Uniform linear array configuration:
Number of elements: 64
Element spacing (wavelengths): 0.75
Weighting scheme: kaiser
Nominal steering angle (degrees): -30
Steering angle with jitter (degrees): -30.097
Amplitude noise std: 0.05
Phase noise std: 0.05

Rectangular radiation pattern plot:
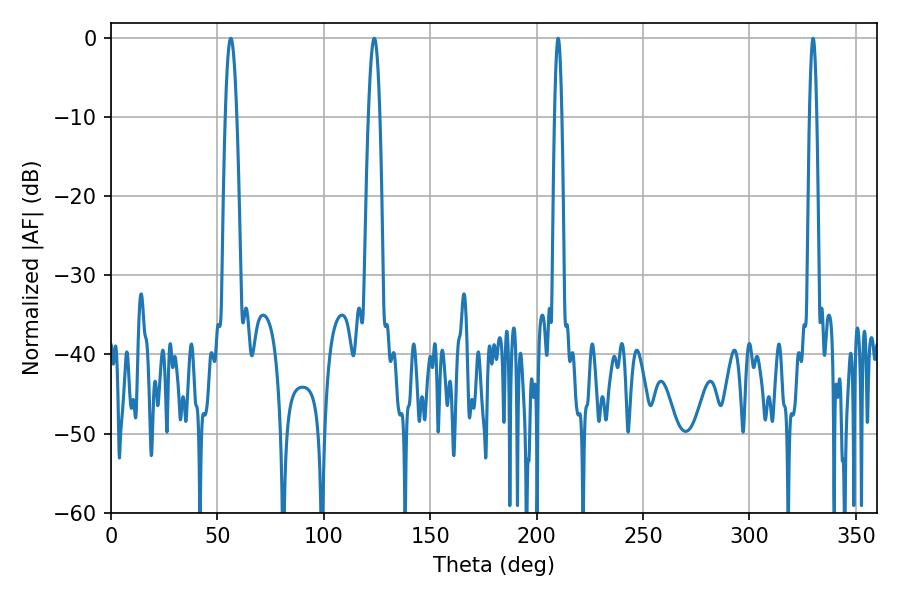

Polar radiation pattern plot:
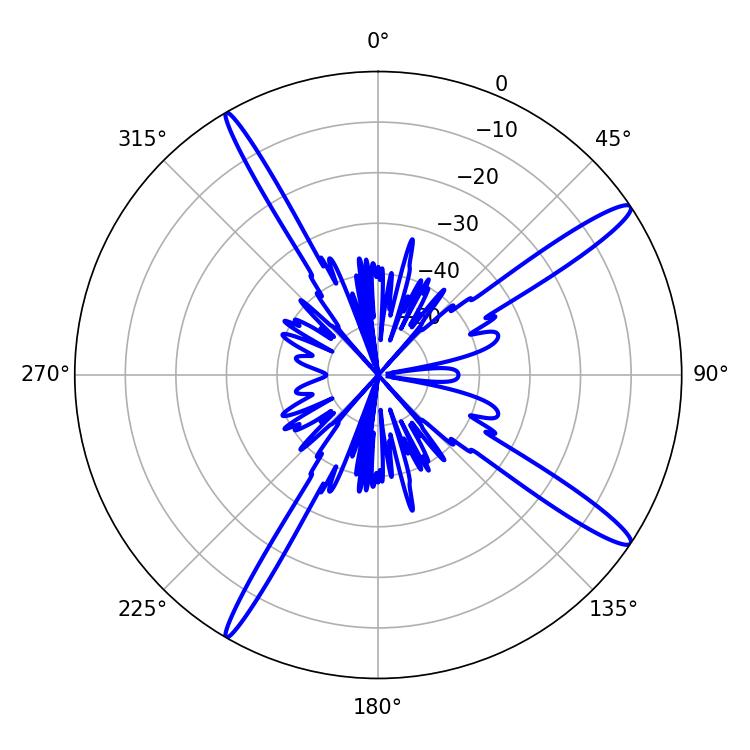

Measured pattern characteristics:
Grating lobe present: TRUE
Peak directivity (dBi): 15.365
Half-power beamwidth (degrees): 2.88
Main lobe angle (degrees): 123.66